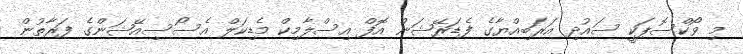
މި ވޯކްސޮޕަކީ ސައުދި އަރަބިއްޔާގެ ފެޑަރޭޝަން އޮފް އިސްލާމިކް މެޑިކަލް އެސޯސިއޭޝަންގެ ފަރާތުން